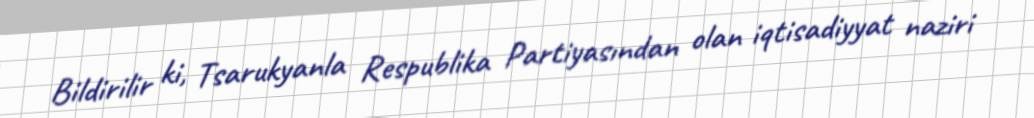
Bildirilir ki, Tsarukyanla Respublika Partiyasından olan iqtisadiyyat naziri